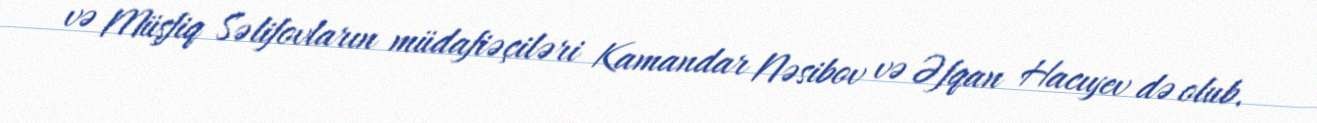
və Müşfiq Səlifovların müdafiəçiləri Kamandar Nəsibov və Əfqan Hacıyev də olub.